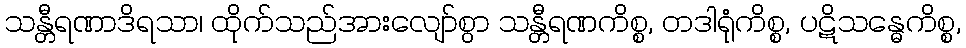
သန္တီရဏာဒိရသာ၊ ထိုက်သည်အားလျော်စွာ သန္တီရဏကိစ္စ, တဒါရုံကိစ္စ, ပဋိသန္ဓေကိစ္စ,